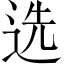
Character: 选